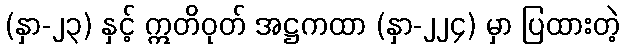
(နှာ-၂၃) နှင့် ဣတိဝုတ် အဋ္ဌကထာ (နှာ-၂၂၄) မှာ ပြထားတဲ့